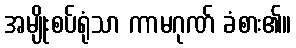
အမျိုးစပ်ရုံသာ ကာမဂုဏ် ခံစား၏။